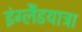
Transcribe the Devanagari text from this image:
इंग्लैंडयात्रा